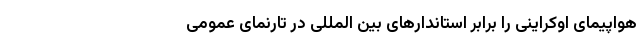
هواپیمای اوکراینی را برابر استاندارهای بین المللی در تارنمای عمومی